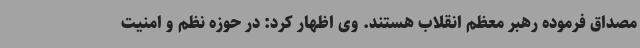
مصداق فرموده رهبر معظم انقلاب هستند. وی اظهار کرد: در حوزه نظم و امنیت